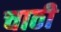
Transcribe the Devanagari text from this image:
चाठी